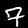
Label: 7